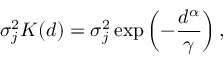
\sigma _ { j } ^ { 2 } K ( d ) = \sigma _ { j } ^ { 2 } \exp \left( - \frac { d ^ { \alpha } } { \gamma } \right) ,